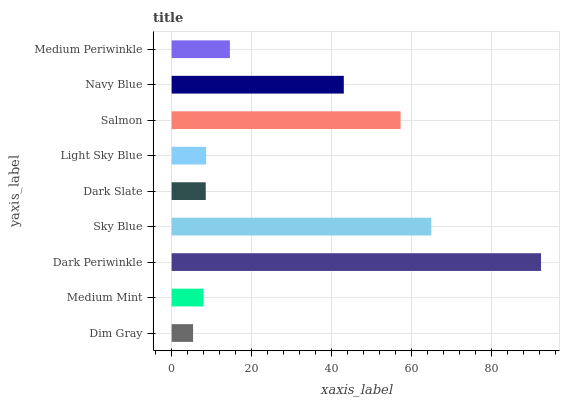
| yaxis_label | bars |
 | --- | --- |
 | Dim Gray | 5.36 |
 | Medium Mint | 7.99 |
 | Dark Periwinkle | 92.4 |
 | Sky Blue | 65 |
 | Dark Slate | 8.54 |
 | Light Sky Blue | 8.63 |
 | Salmon | 57.3 |
 | Navy Blue | 43.1 |
 | Medium Periwinkle | 14.6 |